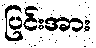
ပြင်းအား